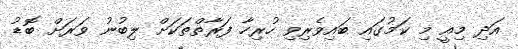
އަދި މިއީ މި ކަމުގައި ބައިވެރިވި ހުރިހާ ފަރާތްތަކަށް ލިބުނު ވަރަށް ބޮޑު